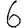
Digit: 6